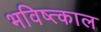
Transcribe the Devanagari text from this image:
भविष्त्काल